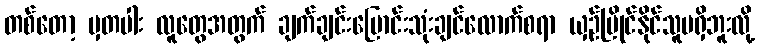
တစ်တော့ မှတပါး လူတွေအတွက် ချက်ချင်းပြောင်းသုံးချင်လောက်စရာ ယှဉ်ပြိုင်နိုင်သူမရှိဘူးလို့